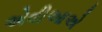
એવીઆએ